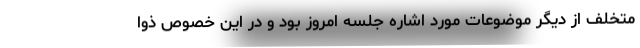
متخلف از دیگر موضوعات مورد اشاره جلسه امروز بود و در این خصوص ذوا